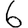
Digit: 6